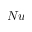
N u